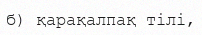
б) қарақалпақ тілі,